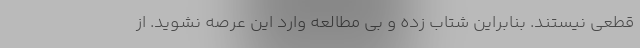
قطعی نیستند. بنابراین شتاب زده و بی مطالعه وارد این عرصه نشوید. از